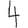
Digit: 4